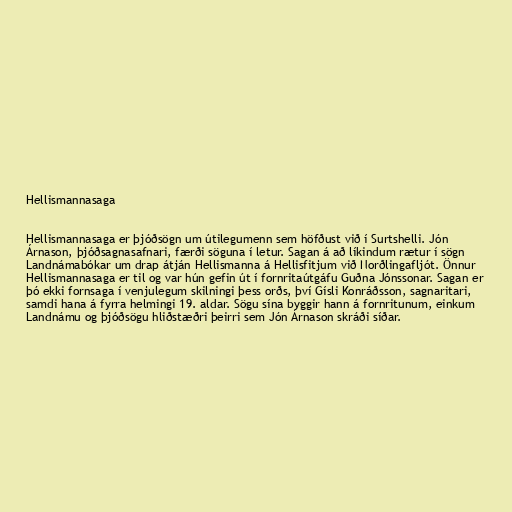
Hellismannasaga

Hellismannasaga er þjóðsögn um útilegumenn sem höfðust við í Surtshelli. Jón
Árnason, þjóðsagnasafnari, færði söguna í letur. Sagan á að líkindum rætur í sögn
Landnámabókar um drap átján Hellismanna á Hellisfitjum við Norðlingafljót. Önnur
Hellismannasaga er til og var hún gefin út í fornritaútgáfu Guðna Jónssonar. Sagan er
þó ekki fornsaga í venjulegum skilningi þess orðs, því Gísli Konráðsson, sagnaritari,
samdi hana á fyrra helmingi 19. aldar. Sögu sína byggir hann á fornritunum, einkum
Landnámu og þjóðsögu hliðstæðri þeirri sem Jón Árnason skráði síðar.